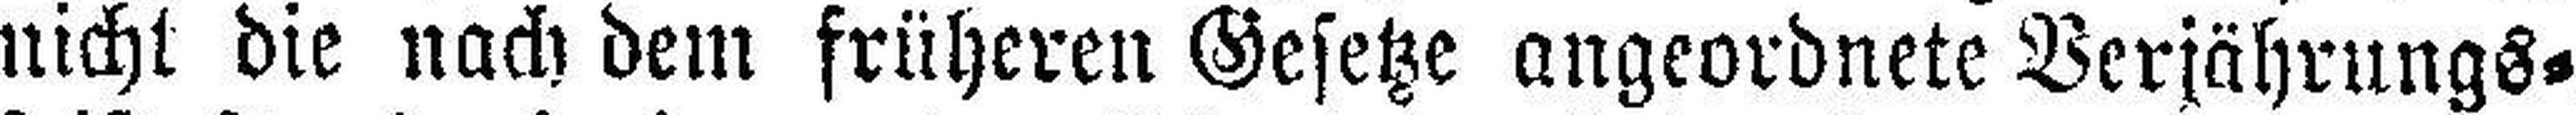
nicht die nach dem früheren Gesetze ungeordnete Verjährungs¬